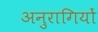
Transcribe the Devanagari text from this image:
अनुरागियों